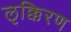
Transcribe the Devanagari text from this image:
लृक्किरण